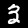
Label: 3